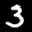
Label: 3